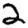
Digit: 2